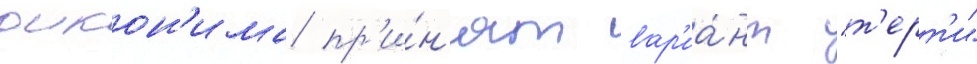
оикон'има пр'и́н'ят вар'иа́нт "т'ерт'и"